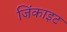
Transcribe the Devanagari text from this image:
जिंकाइट